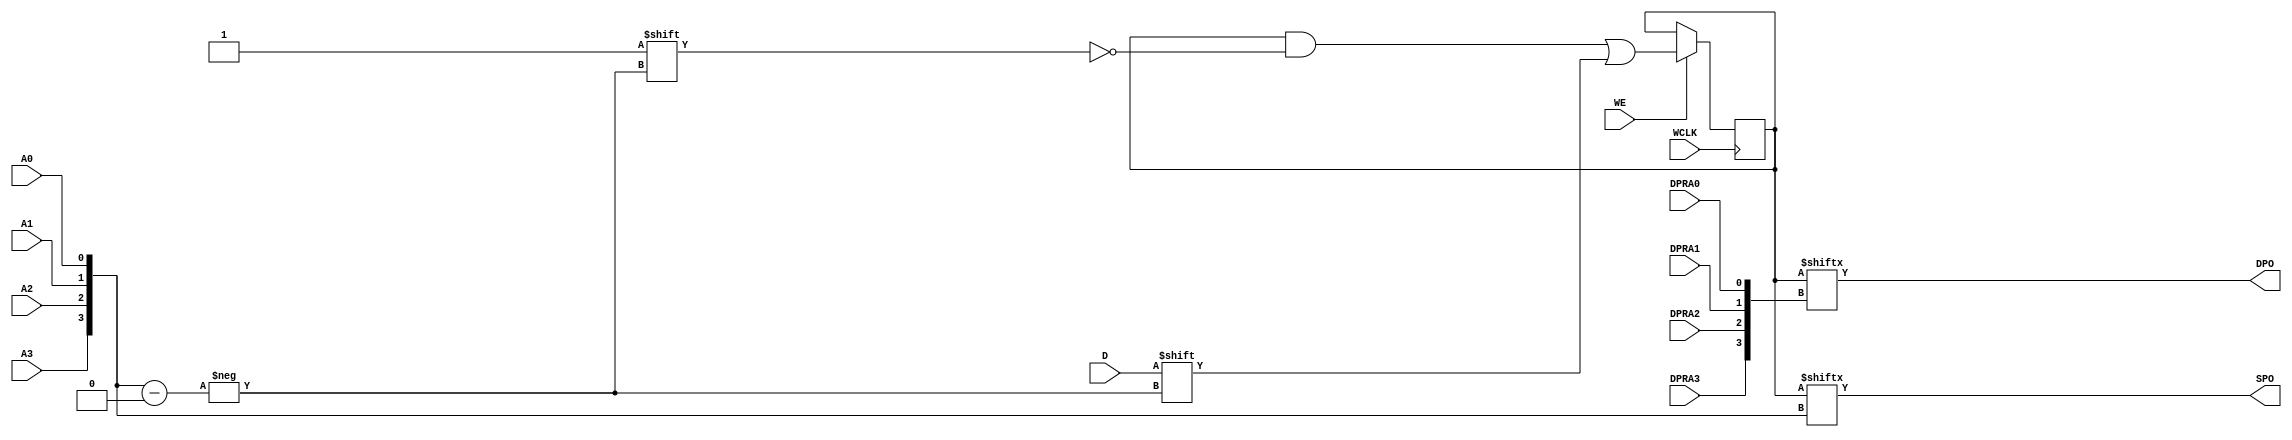
// This program was cloned from: https://github.com/jhshi/openofdm
// License: Apache License 2.0

// $Header: /devl/xcs/repo/env/Databases/CAEInterfaces/verunilibs/data/unisims/RAM16X1D_1.v,v 1.8 2005/03/14 22:32:58 yanx Exp $
///////////////////////////////////////////////////////////////////////////////
// Copyright (c) 1995/2004 Xilinx, Inc.
// All Right Reserved.
///////////////////////////////////////////////////////////////////////////////
//   ____  ____
//  /   /\/   /
// /___/  \  /    Vendor : Xilinx
// \   \   \/     Version : 10.1
//  \   \         Description : Xilinx Functional Simulation Library Component
//  /   /                  Static Dual Port Synchronous RAM 16-Deep by 1-Wide
// /___/   /\     Filename : RAM16X1D_1.v
// \   \  /  \    Timestamp : Thu Mar 25 16:43:33 PST 2004
//  \___\/\___\
//
// Revision:
//    03/23/04 - Initial version.
//    02/04/05 - Rev 0.0.1 Remove input/output bufs; Remove for-loop in initial block;
// End Revision

`timescale  1 ps / 1 ps


module RAM16X1D_1 (DPO, SPO, A0, A1, A2, A3, D, DPRA0, DPRA1, DPRA2, DPRA3, WCLK, WE);

    parameter INIT = 16'h0000;

    output DPO, SPO;

    input  A0, A1, A2, A3, D, DPRA0, DPRA1, DPRA2, DPRA3, WCLK, WE;

    reg  [15:0] mem;
    wire [3:0] adr;

    assign adr = {A3, A2, A1, A0};
    assign SPO = mem[adr];
    assign DPO = mem[{DPRA3, DPRA2, DPRA1, DPRA0}];

    initial 
        mem = INIT;

    always @(negedge WCLK) 
        if (WE == 1'b1)
            mem[adr] <= #100 D;


endmodule